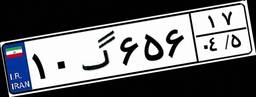
۱۰گ۶۵۶۱۷